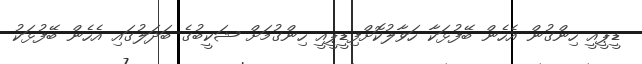
ޑީޕީއީ ހިންގުން އެހެން ބޭފުޅަކާ ހަވާލުކޮށްފިޑީޕީއީ ހިންގުމަށް ޝަކީބުގެ ބަދަލުގައި އެހެން ބޭފުޅަކު